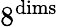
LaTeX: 8^{\mathrm{{dims}}}